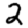
Digit: 2